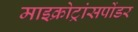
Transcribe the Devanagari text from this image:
माइक्रोट्रांसपोंडर